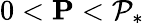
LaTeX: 0<\mathbf{P}<\mathcal{P}_{*}